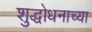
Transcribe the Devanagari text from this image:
शुद्धोधनाच्या